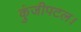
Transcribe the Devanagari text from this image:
कुंजीपटल।